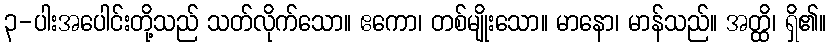
၃-ပါးအပေါင်းတို့သည် သတ်လိုက်သော။ ဧကော၊ တစ်မျိုးသော။ မာနော၊ မာန်သည်။ အတ္ထိ၊ ရှိ၏။